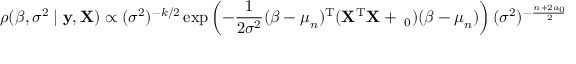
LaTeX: \rho ( { \boldsymbol { \beta } } , \sigma ^ { 2 } \mid \mathbf { y } , \mathbf { X } ) \propto ( \sigma ^ { 2 } ) ^ { - k / 2 } \exp \left( - { \frac { 1 } { 2 { \sigma } ^ { 2 } } } ( { \boldsymbol { \beta } } - { \boldsymbol { \mu } } _ { n } ) ^ { \mathrm { { T } } } ( \mathbf { X } ^ { \mathrm { { T } } } \mathbf { X } + \mathbf { \Lambda } _ { 0 } ) ( { \boldsymbol { \beta } } - { \boldsymbol { \mu } } _ { n } ) \right) ( \sigma ^ { 2 } ) ^ { - { \frac { n + 2 a _ { 0 } } { 2 } } - 1 } \exp \left( - { \frac { 2 b _ { 0 } + \mathbf { y } ^ { \mathrm { { T } } } \mathbf { y } - { \boldsymbol { \mu } } _ { n } ^ { \mathrm { { T } } } ( \mathbf { X } ^ { \mathrm { { T } } } \mathbf { X } + { \boldsymbol { \Lambda } } _ { 0 } ) { \boldsymbol { \mu } } _ { n } + { \boldsymbol { \mu } } _ { 0 } ^ { \mathrm { { T } } } { \boldsymbol { \Lambda } } _ { 0 } { \boldsymbol { \mu } } _ { 0 } } { 2 \sigma ^ { 2 } } } \right) .